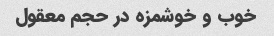
خوب و خوشمزه در حجم معقول